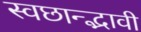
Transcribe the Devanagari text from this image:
स्वछान्द्भावी